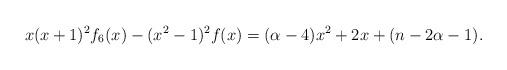
LaTeX: \begin{align*}x(x+1)^2f_{6}(x)-(x^2-1)^{2}f(x)=(\alpha-4)x^2+2x+(n-2\alpha-1).\end{align*}